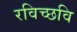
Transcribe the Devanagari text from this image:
रविच्छवि